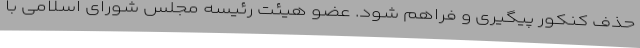
حذف کنکور پیگیری و فراهم شود. عضو هیئت رئیسه مجلس شورای اسلامی با